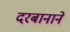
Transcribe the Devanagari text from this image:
दरबानाने